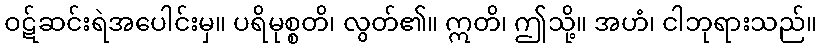
ဝဋ်ဆင်းရဲအပေါင်းမှ။ ပရိမုစ္စတိ၊ လွတ်၏။ ဣတိ၊ ဤသို့။ အဟံ၊ ငါဘုရားသည်။